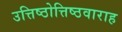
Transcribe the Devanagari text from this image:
उत्तिष्ठोत्तिष्ठवाराह